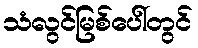
သံလွင်မြစ်ပေါ်တွင်